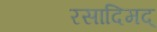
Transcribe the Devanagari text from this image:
रसादिमद्